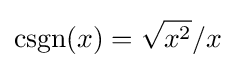
\operatorname {csgn} (x)={\sqrt {x^{2}}}/x